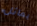
يماثل